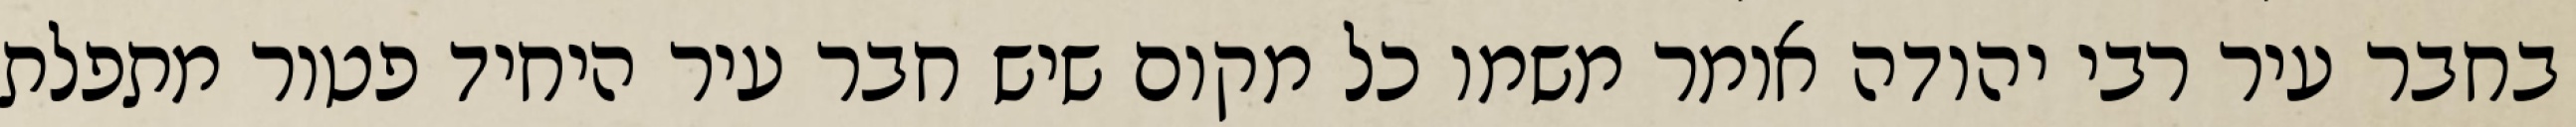
בחבר עיר רבי יהודה אומר משמו כל מקום שיש חבר עיר היחיד פטור מתפלת